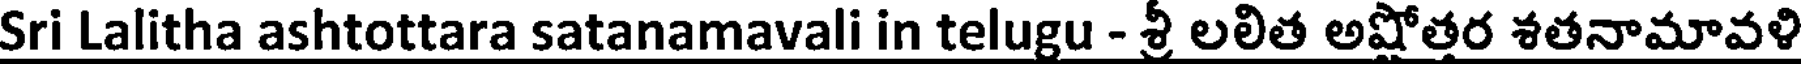
Sri Lalitha ashtottara satanamavali in telugu - శ్రీ లలిత అషోతర శతనామావళి